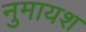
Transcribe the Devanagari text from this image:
नुमायश